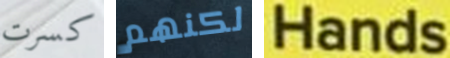
كسرت لكنهم Hands